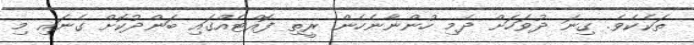
ތަކެކެވެ. ގިނަ ދުވަހަށް ދެމި ހުންނާނެހެން ރީތި ފޮއްޓެއްގައި ބަންދުކޮށް ގެނައި މި